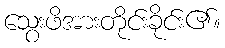
သွေးဖိအားတိုင်းခိုင်း၏။